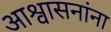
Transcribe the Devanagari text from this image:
आश्वासनांना